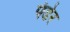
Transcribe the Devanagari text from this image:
पंढेर